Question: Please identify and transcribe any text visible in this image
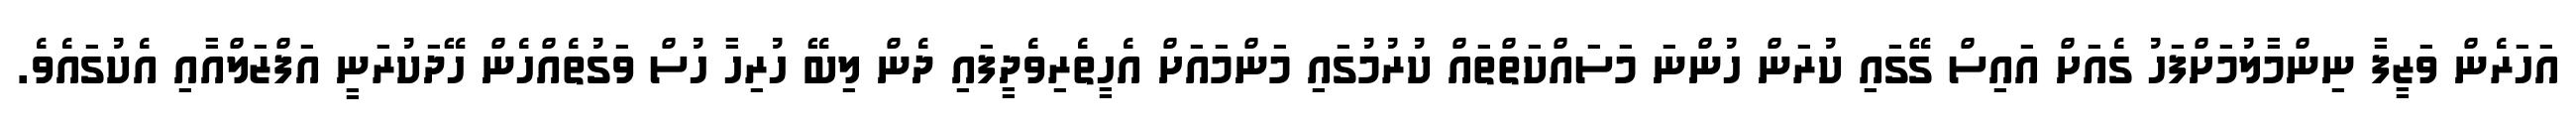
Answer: އަހަރެން ވަޒީފާ ނިންމާލުމަށްފަހު ގެއަށް އައިސް ގޭގައި ކުރަން ހުންނަ މަސައްކަތްތައް ކުރުމުގައި މަންމައަށް އެހީތެރިވެދީފައި ދެން ލިބޭ ހުރިހާ ހުސް ވަގުތެއްހެން ހޭދަކުރަނީ އަފްޒަލްއާއި އެކުގައެވެ.